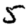
Digit: 5